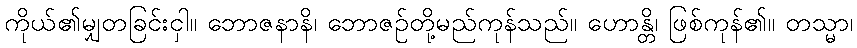
ကိုယ်၏မျှတခြင်းငှါ။ ဘောဇနာနိ၊ ဘောဇဉ်တို့မည်ကုန်သည်။ ဟောန္တိ၊ ဖြစ်ကုန်၏။ တသ္မာ၊